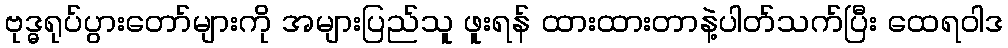
ဗုဒ္ဓရုပ်ပွားတော်များကို အများပြည်သူ ဖူးရန် ထားထားတာနဲ့ပါတ်သက်ပြီး ထေရဝါဒ